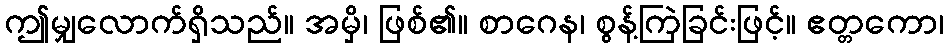
ဤမျှလောက်ရှိသည်။ အမှိ၊ ဖြစ်၏။ စာဂေန၊ စွန့်ကြဲခြင်းဖြင့်။ ဧတ္တကော၊